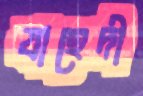
যাহেদী